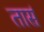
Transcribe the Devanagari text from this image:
तार्स